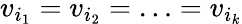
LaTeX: v_{i_{1}}=v_{i_{2}}=\ldots=v_{i_{k}}